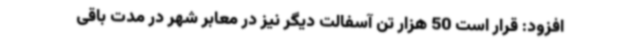
افزود: قرار است 50 هزار تن آسفالت دیگر نیز در معابر شهر در مدت باقی